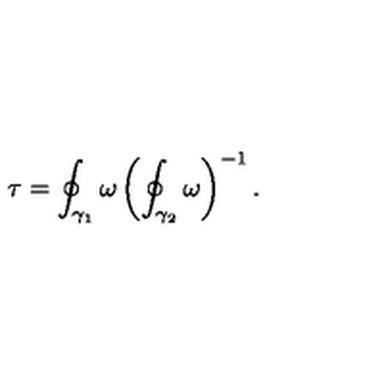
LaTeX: \tau = \oint _ { \gamma _ { 1 } } \omega \left( \oint _ { \gamma _ { 2 } } \omega \right) ^ { - 1 } .